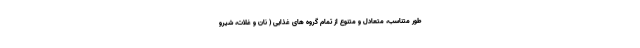
طور متناسب، متعادل و متنوع از تمام گروه های غذایی ( نان و غلات، شیرو